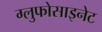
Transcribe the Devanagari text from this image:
ग्लुफोसाइनेट